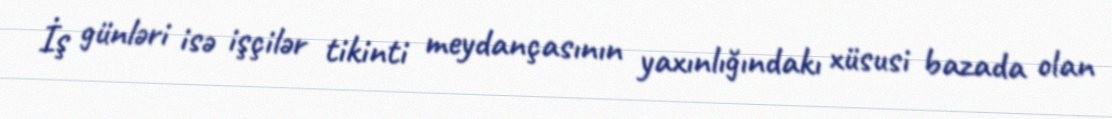
İş günləri isə işçilər tikinti meydançasının yaxınlığındakı xüsusi bazada olan